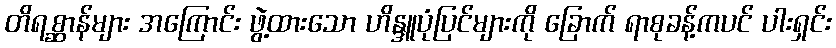
တိရစ္ဆာန်များ အကြောင်း ဖွဲ့ထားသော ဟိန္ဒူပုံပြင်များကို ခြောက် ရာစုခန့်ကပင် ပါးရှင်း